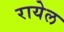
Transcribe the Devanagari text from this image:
रायेल